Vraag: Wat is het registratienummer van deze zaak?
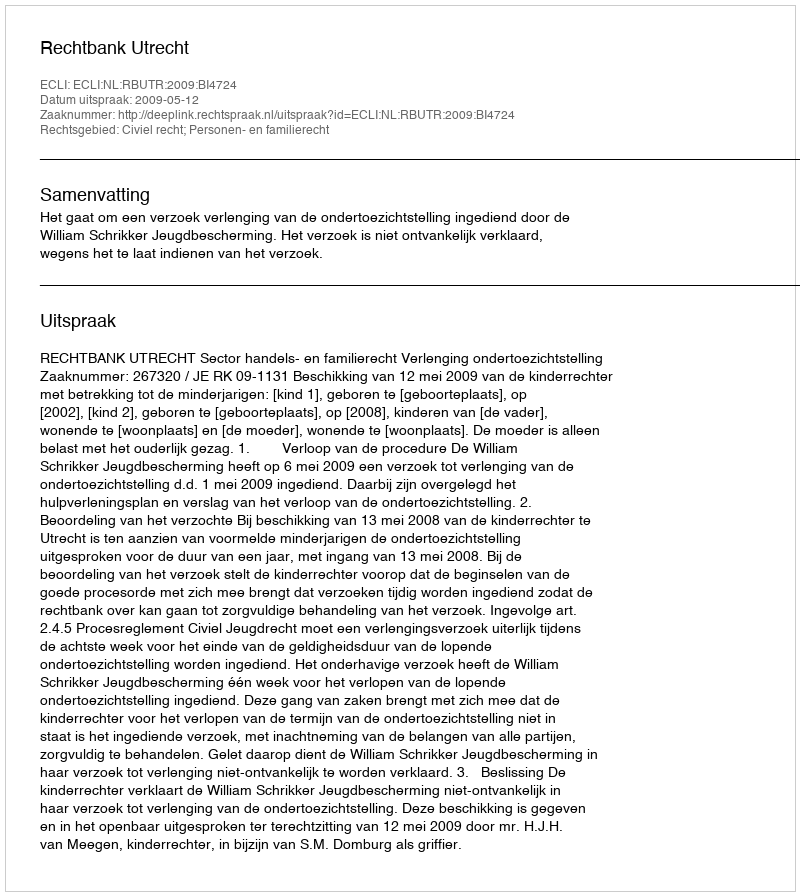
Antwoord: http://deeplink.rechtspraak.nl/uitspraak?id=ECLI:NL:RBUTR:2009:BI4724